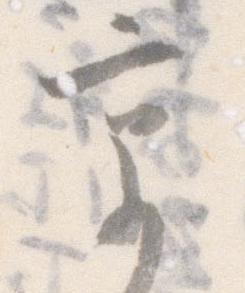
京